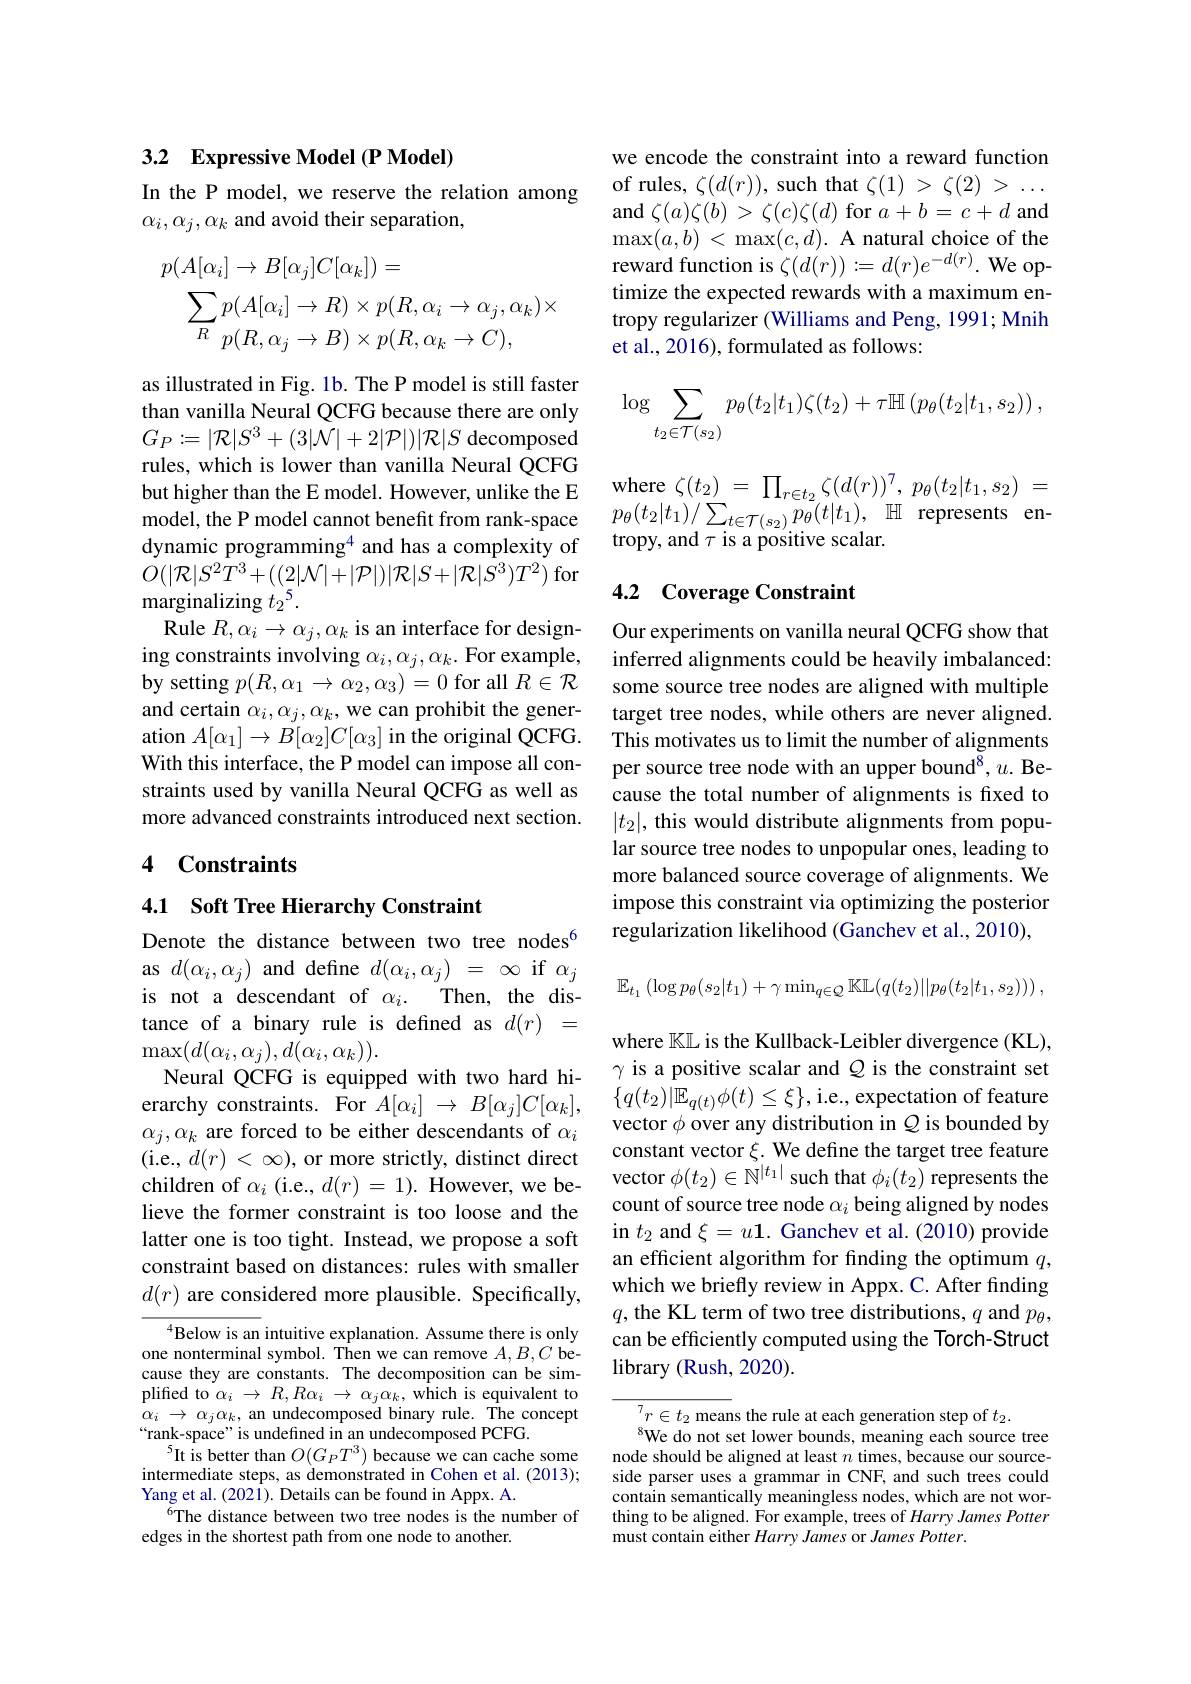
# 3.2 Expressive Model (P Model)

In the P model, we reserve the relation among
$\alpha_i,\alpha_j,\alpha_k$ and avoid their separation,
$$\begin{aligned}&p(A[\alpha_{i}]\to B[\alpha_{j}]C[\alpha_{k}])=\\&\sum_{R}p(A[\alpha_{i}]\to R)\times p(R,\alpha_{i}\to\alpha_{j},\alpha_{k})\times\\&p(R,\alpha_{j}\to B)\times p(R,\alpha_{k}\to C),\end{aligned}$$
as illustrated in Fig. 1b. The P model is still faster than vanilla Neural QCFG because there are only $G_{P}:=|\mathcal{R}|S^{3}+(3|\mathcal{N}|+2|\mathcal{P}|)|\mathcal{R}|S$ decomposed rules, which is lower than vanilla Neural QCFG but higher than the E model. However, unlike the E dynamic programming$^{4}$ and has a complexity of $\dot{O}(|\mathcal{R}|S^{2}\bar{T}^{3}+((2|\mathcal{N}|+|\mathcal{P}|)|\mathcal{R}|S+|\mathcal{R}|\bar{S}^{3})T^{2})$ for marginalizing $t_2^5.$
Rule $R,\alpha_i\to\alpha_j,\alpha_k$ is an interface for designing constraints involving $\alpha_i,\alpha_j,\alpha_k.$ For example, by setting $p(R,\alpha_1\to\alpha_2,\alpha_3)=0$ for all $R\in\mathcal{R}$ and certain $\alpha_i,\alpha_j,\alpha_k$, we can prohibit the generation $A[\alpha_1]\to B[\alpha_2]C[\alpha_3]$ in the original QCFG. With this interface, the P model can impose all constraints used by vanilla Neural QCFG as well as more advanced constraints introduced next section.

## 4 Constraints

## 4.1 Soft Tree Hierarchy Constraint

Denote the distance between two tree nodes$^{6}$ as $d(\alpha_{i},\alpha_{j})$ and define $d(\alpha_{i},\alpha_{j})=\infty$ if $\alpha_{j}$ is not a descendant of $\alpha _i.$ Then, the distance of a binary rule is defined as $d(r)=$ $\max(d(\alpha_{i},\alpha_{j}),d(\alpha_{i},\alpha_{k})).$
Neural QCFG is equipped with two hard hierarchy constraints. For $A[\alpha_{i}]\to B[\alpha_{j}]C[\alpha_{k}]$, $\alpha_j,\alpha_k$ are forced to be either descendants of $\alpha_i$ (i.e., $d(r)<\infty)$, or more strictly, distinct direct children of $\alpha_i$ (i.e., $d(r)=1).$ However, we believe the former constraint is too loose and the latter one is too tight. Instead, we propose a soft constraint based on distances: rules with smaller $d(r)$ are considered more plausible. Specifically,

$^{4}$Below is an intuitive explanation. Assume there is only one nonterminal symbol. Then we can remove $A,B,C$ because they are constants. The decomposition can be simplified to $\alpha_i\rightarrow R,R\alpha_{i}\rightarrow\alpha_{j}\alpha_{k}$, which is equivalent to $\alpha_i\to\alpha_j\alpha_k$, an undecomposed binary rule. The concept “rank-space”is undefined in an undecomposed PCFG.
$^{5}$It is better than $O(G_PT^3)$ because we can cache some intermediate steps, as demonstrated in Cohen et al. (2013); Yang et al. (202 i). Details can be found in Appx. A.
$^{6}$The distance between two tree nodes is the number of
edges in the shortest path from one node to another.

we encode the constraint into a reward function of rules, $\zeta(d(r))$, such that $\zeta(1)>\zeta(2)>\ldots$ and $\zeta(a)\zeta(b)>\zeta(c)\zeta(d)$ for $a+b=c+d$ and $\max(a,b)<\max(c,d).$ A natural choice of the reward function is $\zeta(d(r)):=d(r)e^{-d(r)}.$ We optimize the expected rewards with a maximum entropy regularizer (Williams and Peng, 1991; Mnih et al., 2016), formulated as follows:
$$\log\sum\limits_{t_2\in\mathcal{T}(s_2)}p_\theta(t_2|t_1)\zeta(t_2)+\tau\mathbb{H}\left(p_\theta(t_2|t_1,s_2)\right),$$
where $\zeta ( t_{2})$ = $\prod _{r\in t_{2}}\zeta ( d( r) ) ^{7}$, $p_{\theta }( t_{2}| t_{1}, s_{2})$ =
model, the P model cannot benefit from rank-space $p_\theta(t_2|t_1)/\sum_{t\in\mathcal{T}(s_2)}p_\theta(t|t_1),\mathbb{H}$ represents en-
tropy, and $\tau$ is a positive scalar.

### 4.2 Coverage Constraint

Our experiments on vanilla neural QCFG show that inferred alignments could be heavily imbalanced: some source tree nodes are aligned with multiple target tree nodes, while others are never aligned. This motivates us to limit the number of alignments per source tree node with an upper bound$^8,u.$ Because the total number of alignments is fixed to $|t_2|$, this would distribute alignments from popular source tree nodes to unpopular ones, leading to more balanced source coverage of alignments. We impose this constraint via optimizing the posterior regularization likelihood (Ganchev et al., 2010),

$\mathbb{E}_{t_1}\left(\log p_\theta(s_2|t_1)+\gamma\min_{q\in Q}\mathbb{KL}(q(t_2)||p_\theta(t_2|t_1,s_2))\right)$,

where $\mathbb{K}\mathbb{L}$ is the Kullback-Leibler divergence (KL), $\gamma$ is a positive scalar and $Q$ is the constraint set $\{q(t_2)|\mathbb{E}_{q(t)}\phi(t)\leq\xi\}$,i.e., expectation of feature vector $\phi$ over any distribution in $Q$ is bounded by constant vector $\xi.$ We define the target tree feature vector $\phi(t_2)\in\mathbb{N}^{|t_1|}$ such that $\phi_i(t_2)$ represents the count of source tree node $\alpha_i$ being aligned by nodes in $t_{2}$ and $\xi=u\mathbf{1}.$ Ganchev et al. (2010) provide an efficient algorithm for finding the optimum $q$, which we briefly review in Appx. C. After finding $q$,the KL term of two tree distributions, $q$ and $p_\theta$, can be efficiently computed using the Torch-Struct library (Rush, 2020).

${}_{\mathrm{e}}^{7}r\in t_{2}$ means the rule at each generation step of $t_2.$
$^{8}$We do not set lower bounds, meaning each source tree node should be aligned at least $n$ times, because our sourceside parser uses a grammar in CNF, and such trees could contain semantically meaningless nodes, which are not worthing to be aligned. For example, trees of $Harry\textit{James Potter}$ must contain either $Harry\textit{James or James Potter. }$